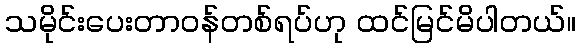
သမိုင်းပေးတာဝန်တစ်ရပ်ဟု ထင်မြင်မိပါတယ်။